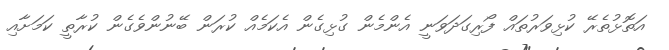
އަތޮޅުތެރޭ ކުޅިވަރުތައް ފޯރިގަދަވަނީ އެންމެން ގުޅިގެން އެކަމެއް ކުރަން ބޭނުންވެގެން ކުރާތީ ކަމަށާއި